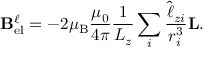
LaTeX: \mathbf { B } _ { \mathrm { e l } } ^ { \ell } = - 2 \mu _ { \mathrm { B } } { \frac { \mu _ { 0 } } { 4 \pi } } { \frac { 1 } { L _ { z } } } \sum _ { i } { \frac { { \hat { \ell } } _ { z i } } { r _ { i } ^ { 3 } } } \mathbf { L } .